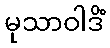
မုသာဝါဒိံ